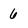
Character: 6